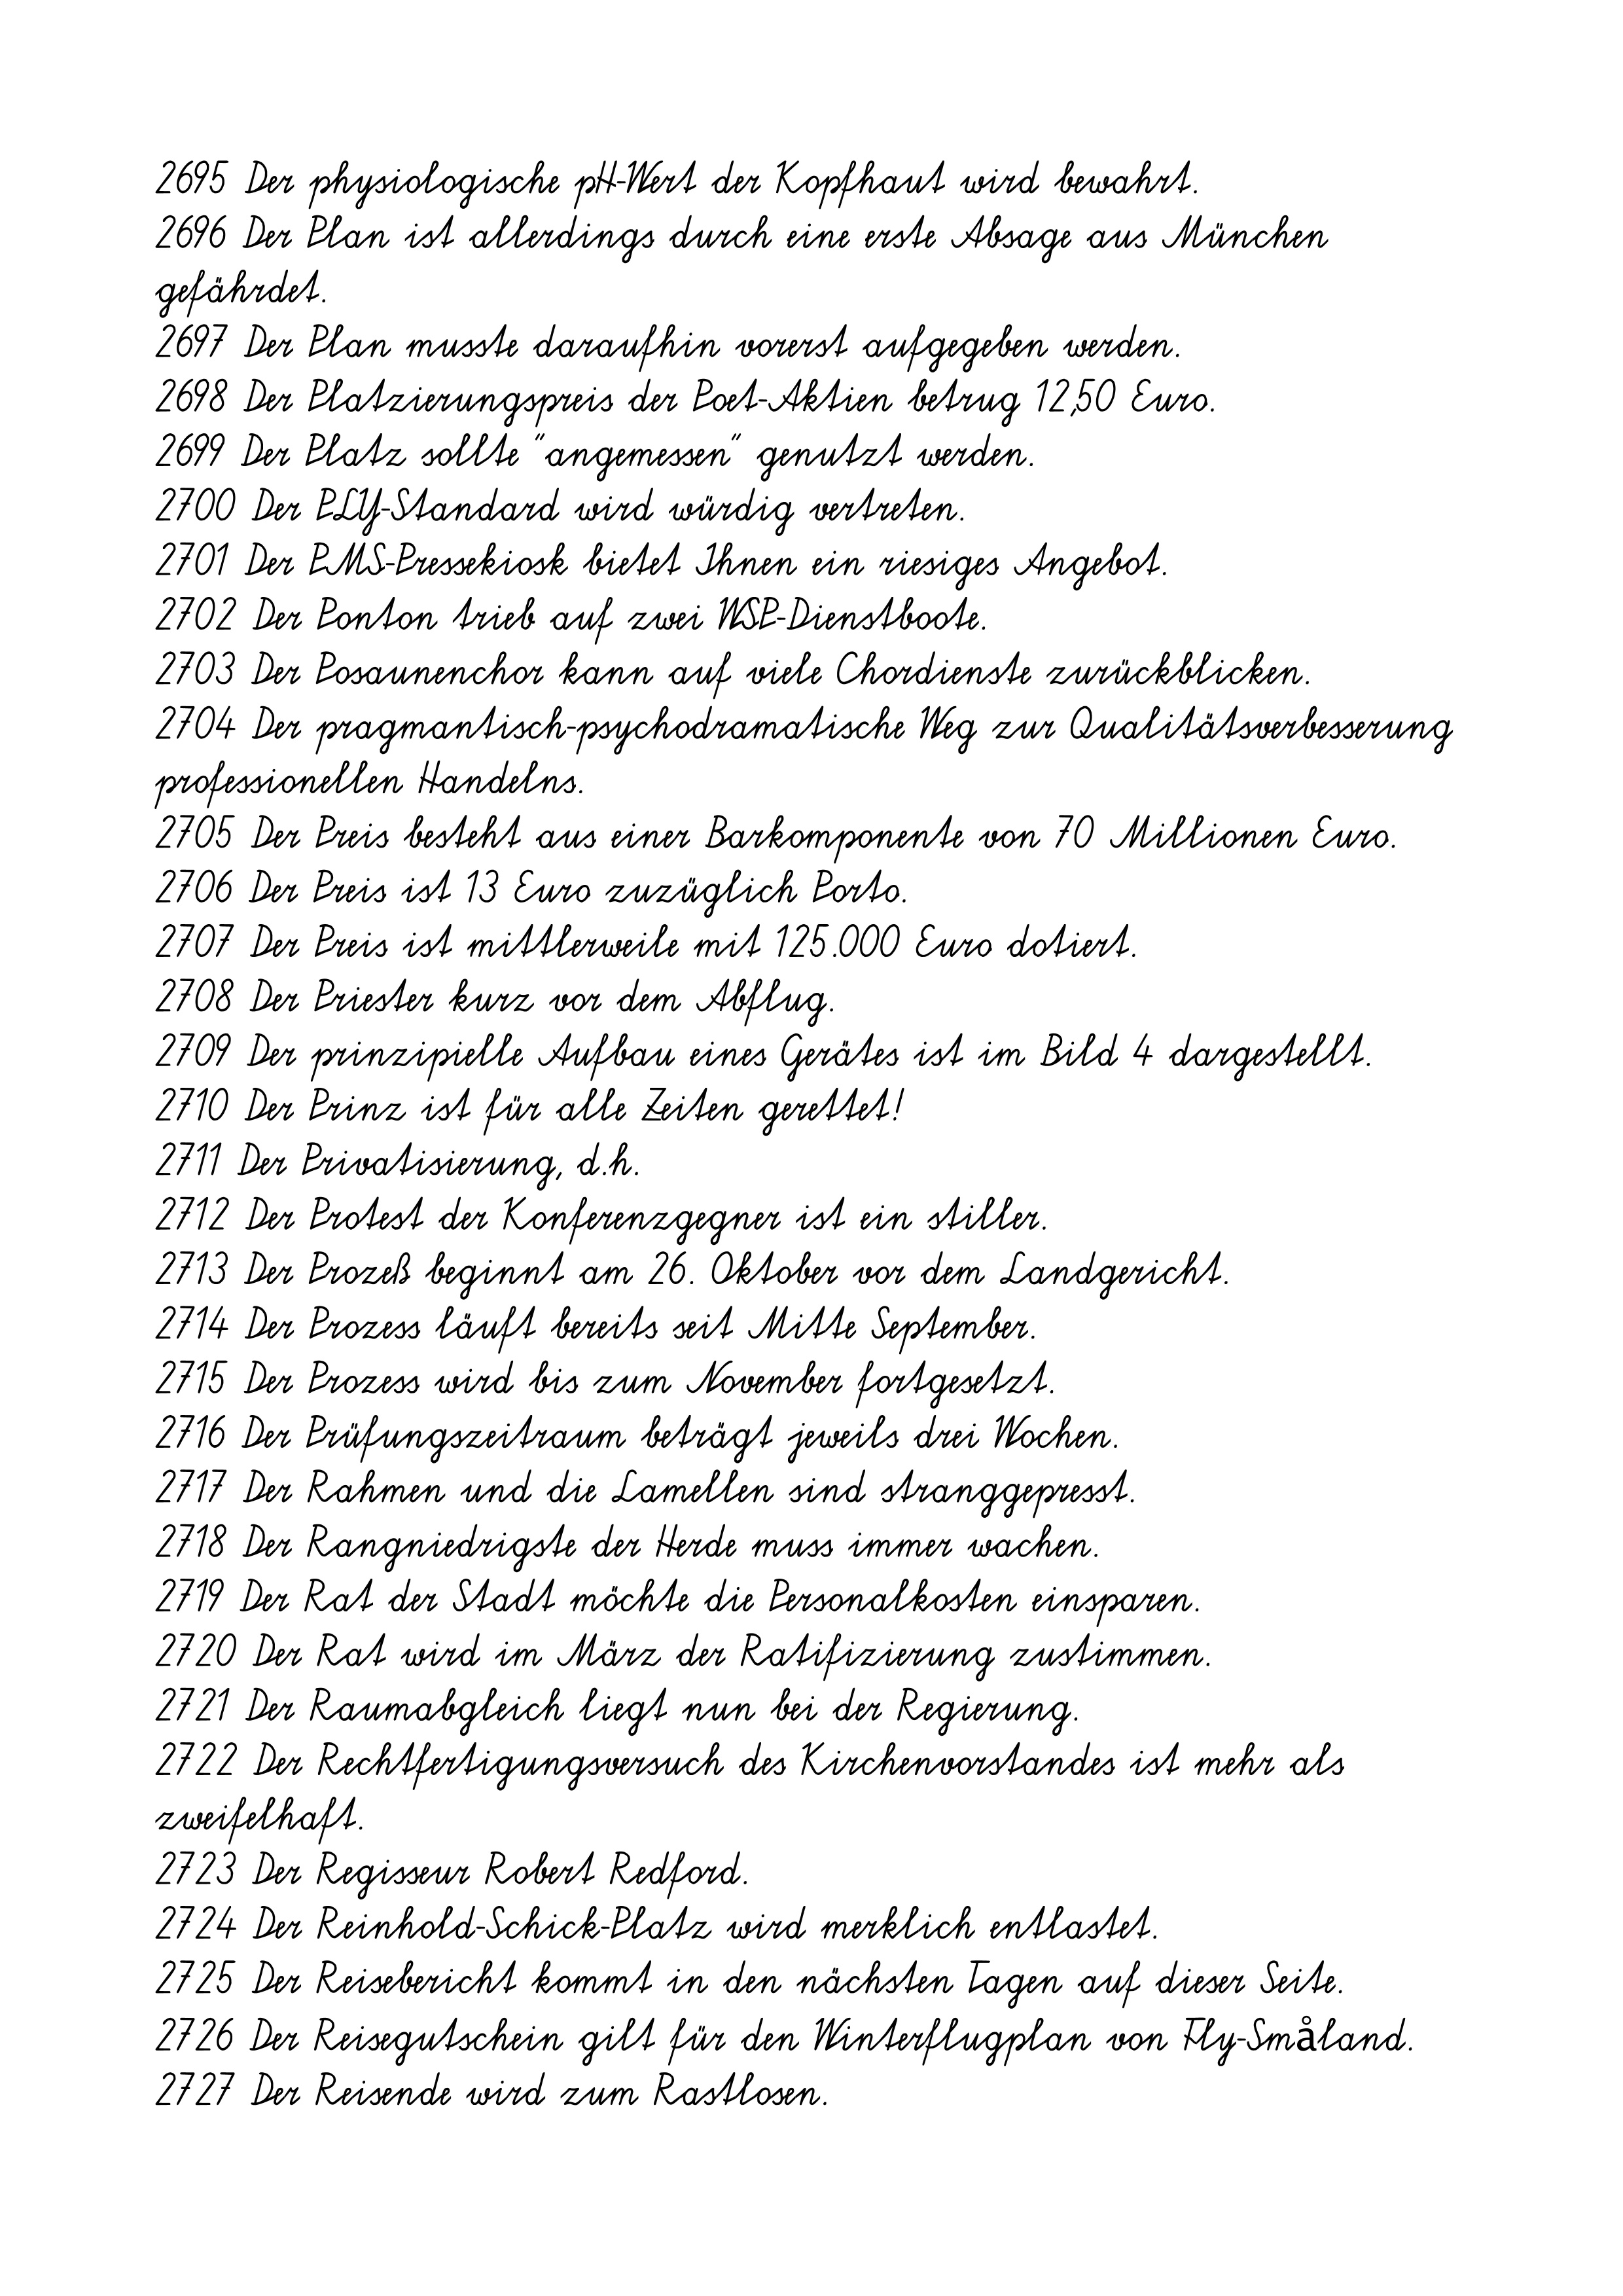
2695 Der physiologische pH-Wert der Kopfhaut wird bewahrt.
2696 Der Plan ist allerdings durch eine erste Absage aus München
gefährdet.
2697 Der Plan musste daraufhin vorerst aufgegeben werden.
2698 Der Platzierungspreis der Poet-Aktien betrug 12,50 Euro.
2699 Der Platz sollte "angemessen" genutzt werden.
2700 Der PLY-Standard wird würdig vertreten.
2701 Der PMS-Pressekiosk bietet Ihnen ein riesiges Angebot.
2702 Der Ponton trieb auf zwei WSP-Dienstboote.
2703 Der Posaunenchor kann auf viele Chordienste zurückblicken.
2704 Der pragmantisch-psychodramatische Weg zur Qualitätsverbesserung
professionellen Handelns.
2705 Der Preis besteht aus einer Barkomponente von 70 Millionen Euro.
2706 Der Preis ist 13 Euro zuzüglich Porto.
2707 Der Preis ist mittlerweile mit 125.000 Euro dotiert.
2708 Der Priester kurz vor dem Abflug.
2709 Der prinzipielle Aufbau eines Gerätes ist im Bild 4 dargestellt.
2710 Der Prinz ist für alle Zeiten gerettet!
2711 Der Privatisierung, d.h.
2712 Der Protest der Konferenzgegner ist ein stiller.
2713 Der Prozeß beginnt am 26. Oktober vor dem Landgericht.
2714 Der Prozess läuft bereits seit Mitte September.
2715 Der Prozess wird bis zum November fortgesetzt.
2716 Der Prüfungszeitraum beträgt jeweils drei Wochen.
2717 Der Rahmen und die Lamellen sind stranggepresst.
2718 Der Rangniedrigste der Herde muss immer wachen.
2719 Der Rat der Stadt möchte die Personalkosten einsparen.
2720 Der Rat wird im März der Ratifizierung zustimmen.
2721 Der Raumabgleich liegt nun bei der Regierung.
2722 Der Rechtfertigungsversuch des Kirchenvorstandes ist mehr als
zweifelhaft.
2723 Der Regisseur Robert Redford.
2724 Der Reinhold-Schick-Platz wird merklich entlastet.
2725 Der Reisebericht kommt in den nächsten Tagen auf dieser Seite.
2726 Der Reisegutschein gilt für den Winterflugplan von Fly-Småland.
2727 Der Reisende wird zum Rastlosen.